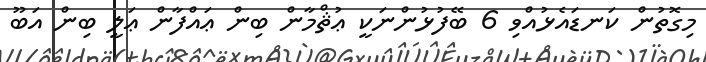
މިގޮތުން ކަނޑައެޅުއްވި 6 ބޭފުޅުންނަކީ ޢުޘްމާން ބިން ޢައްފާން ޢަލީ ބިން އަބޫ